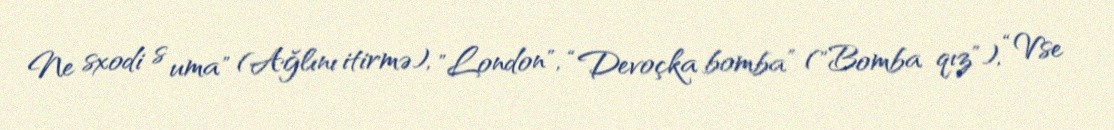
Ne sxodi s uma" (Ağlını itirmə), "London", “Devoçka bomba” ("Bomba qız"), “Vse